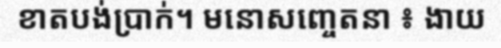
ខាតបង់ប្រាក់។ មនោសញ្ចេតនា ៖ ងាយ